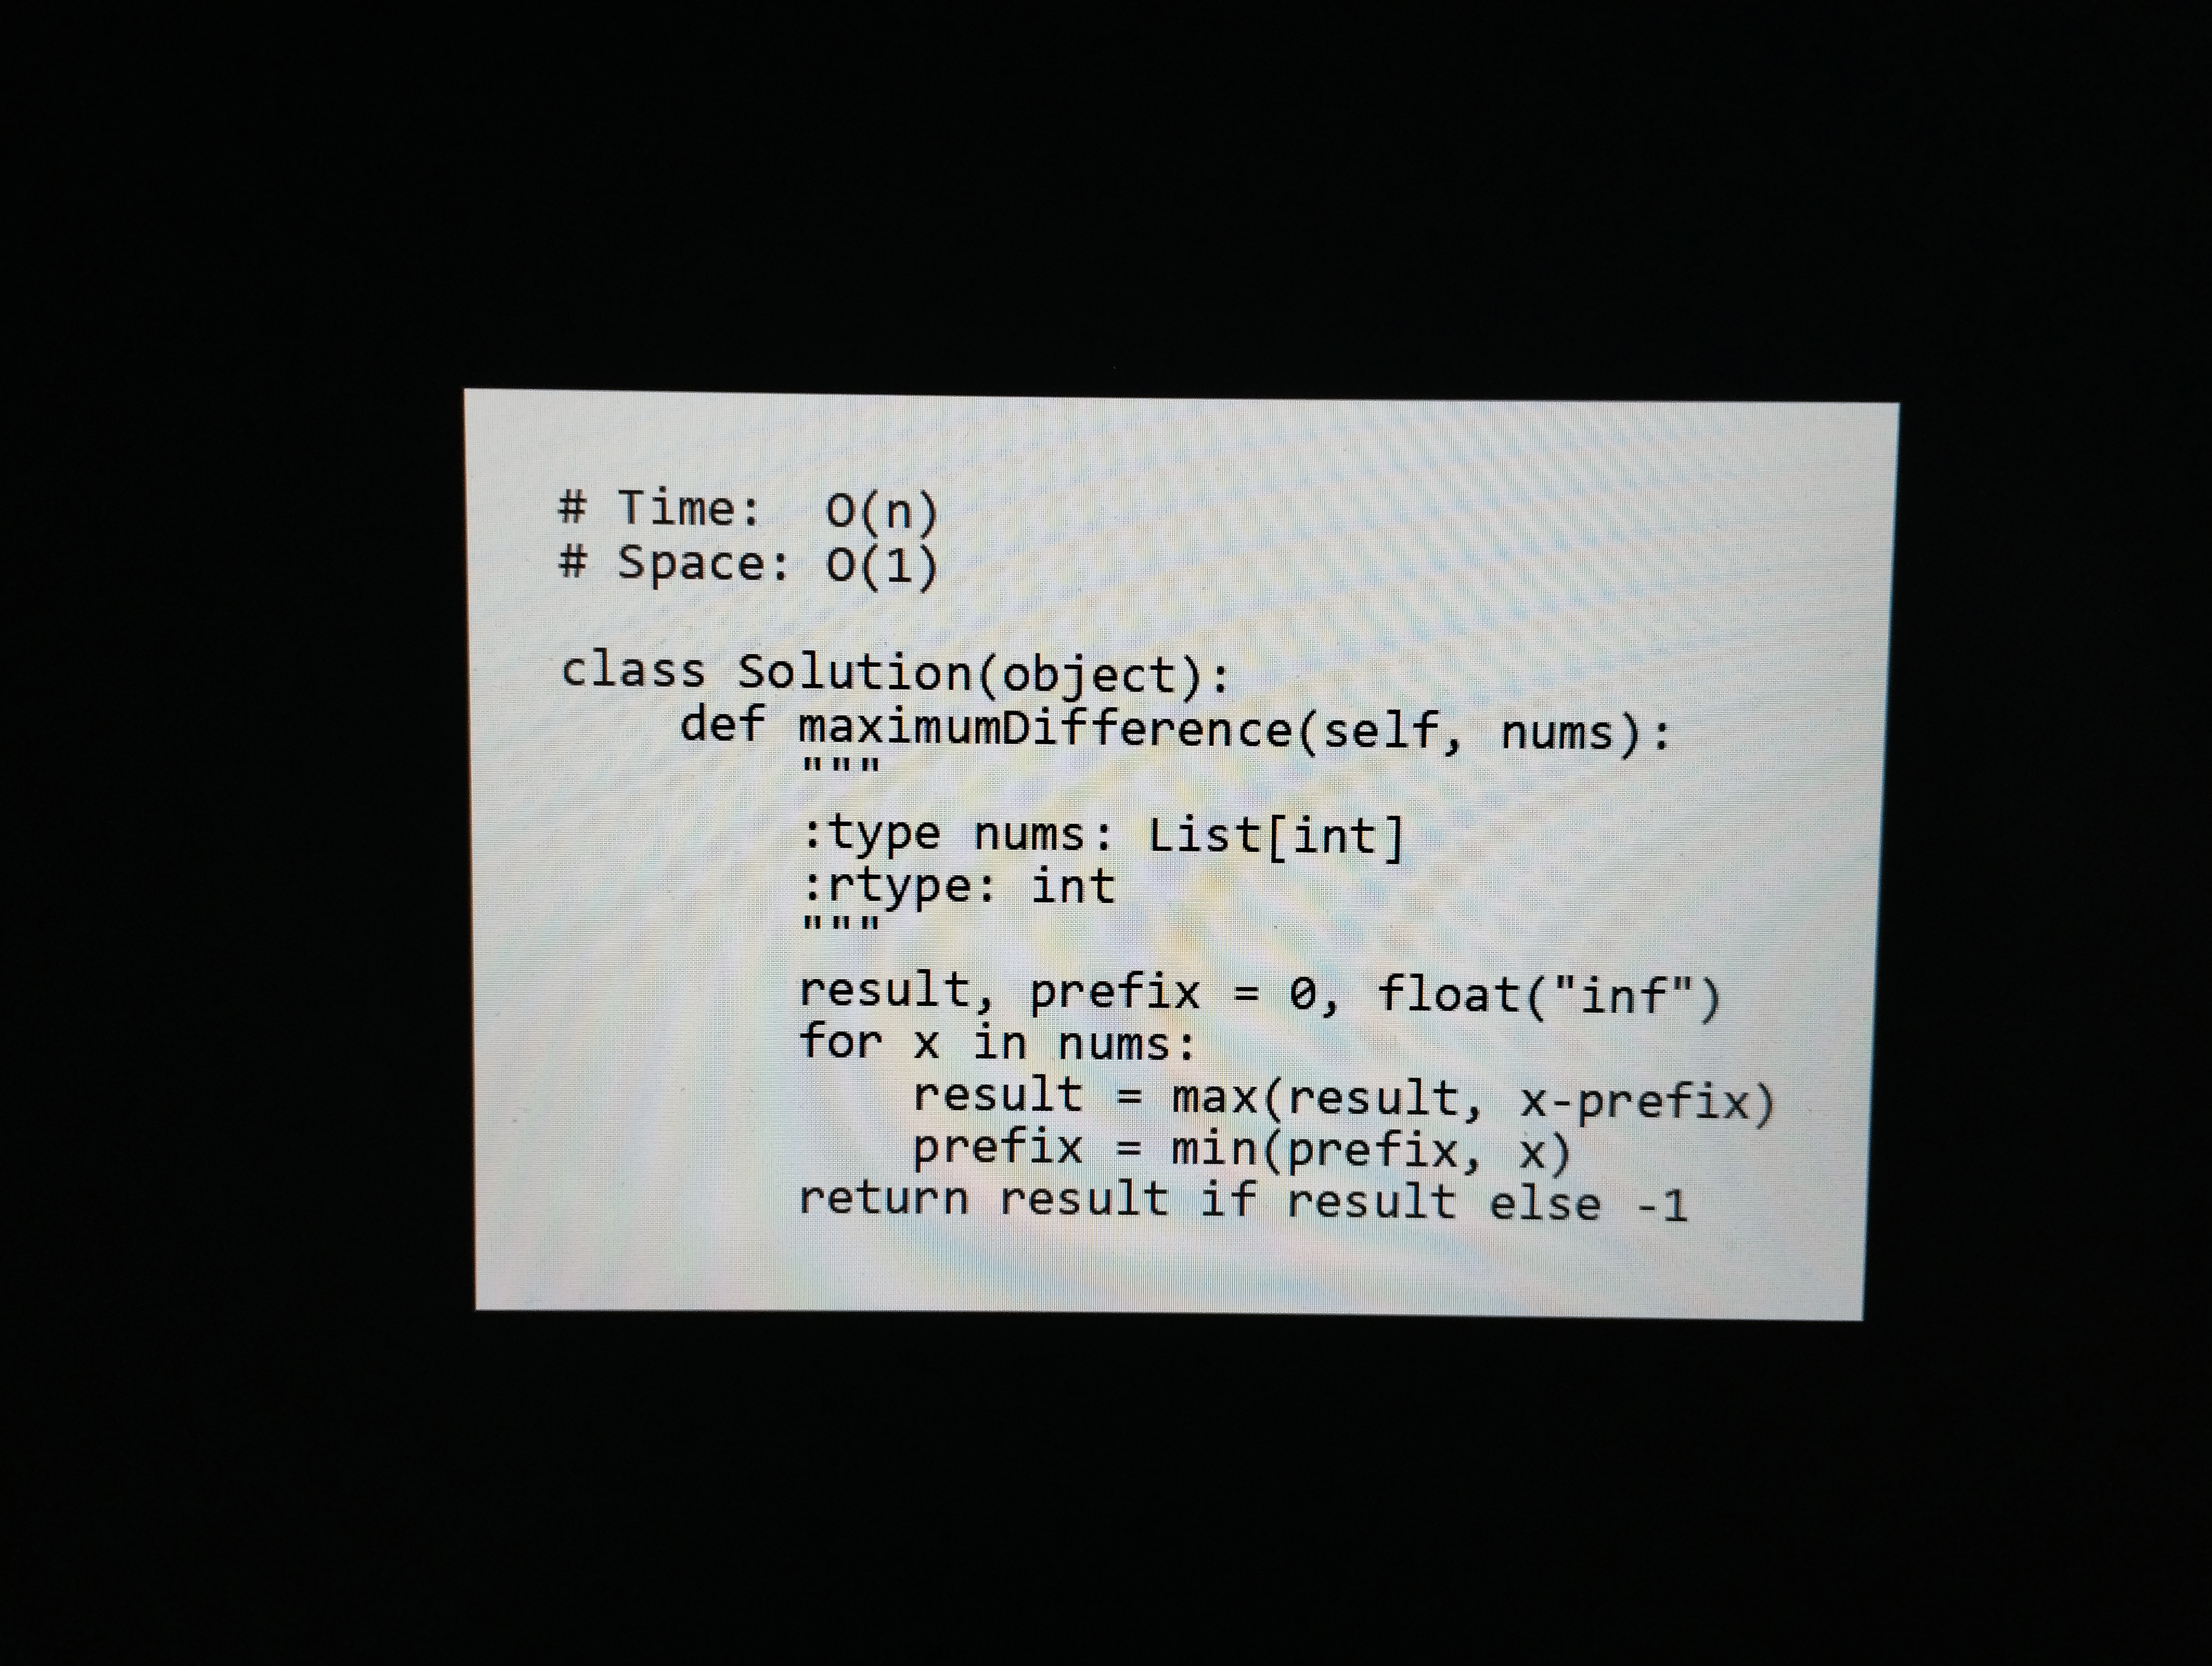
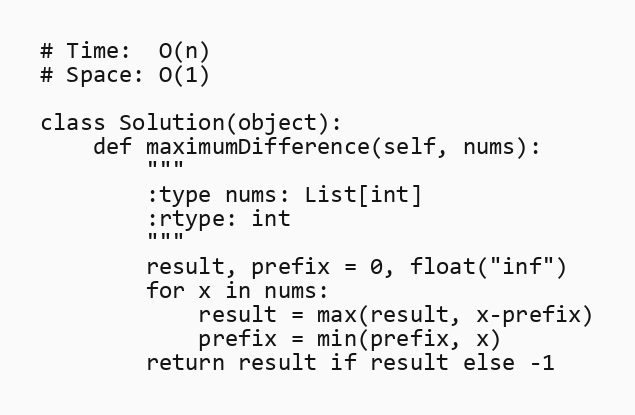
# Time:  O(n)
# Space: O(1)

class Solution(object):
    def maximumDifference(self, nums):
        """
        :type nums: List[int]
        :rtype: int
        """
        result, prefix = 0, float("inf")
        for x in nums:
            result = max(result, x-prefix)
            prefix = min(prefix, x)
        return result if result else -1